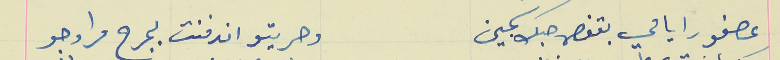
عصفور ايامي بقفص حبك سَجين                             وحريتو اندفنت بجرح مراوحو